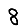
Digit: 8